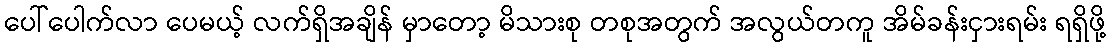
ပေါ်ပေါက်လာ ပေမယ့် လက်ရှိအချိန် မှာတော့ မိသားစု တစုအတွက် အလွယ်တကူ အိမ်ခန်းငှားရမ်း ရရှိဖို့